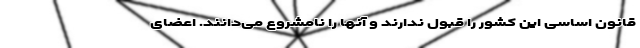
قانون اساسی این کشور را قبول ندارند و آنها را نامشروع می‌دانند. اعضای